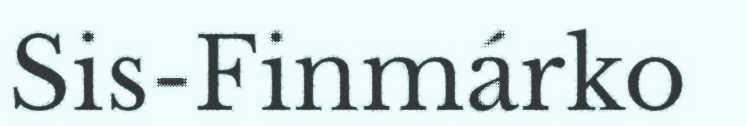
Sis-Finmárko